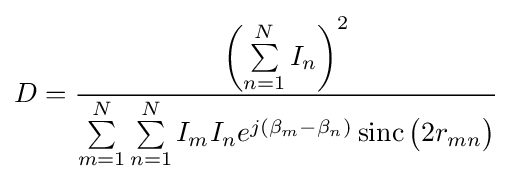
D={\frac {\left(\sum \limits _{n=1}^{N}I_{n}\right)^{2}}{\sum \limits _{m=1}^{N}\sum \limits _{n=1}^{N}I_{m}I_{n}e^{j(\beta _{m}-\beta _{n})}\operatorname {sinc} {\big (}2r_{mn}{\big )}}}